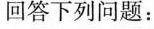
回答下列问题：